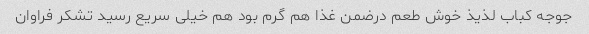
جوجه کباب لذیذ خوش طعم درضمن غذا هم گرم بود هم خیلی سریع رسید تشکر فراوان